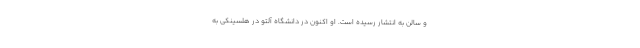
و سالن به انتشار رسیده است. او اکنون در دانشگاه آلتو در هلسینکی به